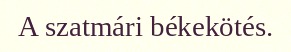
A szatmári békekötés.